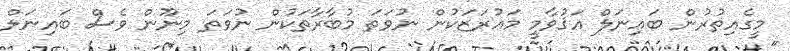
މީގެއިތުރުން ބައިނަލް އަޤުވާމީ މަޢުރަޒަކުން ނުވަތަ މުބާރާތަކުން ނުވަތަ މިނޫން ވެސް ބައިނަލް